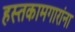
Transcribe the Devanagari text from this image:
हस्तकामगारांना